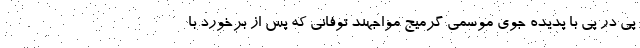
پی در پی با پدیده جوی موسمی گرمیج مواجهند توفانی که پس از برخورد با